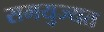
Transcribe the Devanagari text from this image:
समयुज्यत